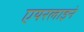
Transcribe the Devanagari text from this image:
एयरलाइने